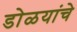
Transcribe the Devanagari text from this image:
डोळयांचे